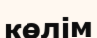
көлім